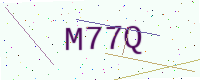
Text: M77Q